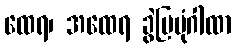
ထေရ၊ အထေရ ခွဲပြပုံဂါထာ